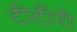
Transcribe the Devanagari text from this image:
टीटीरी